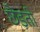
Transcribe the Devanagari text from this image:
छेड़ती